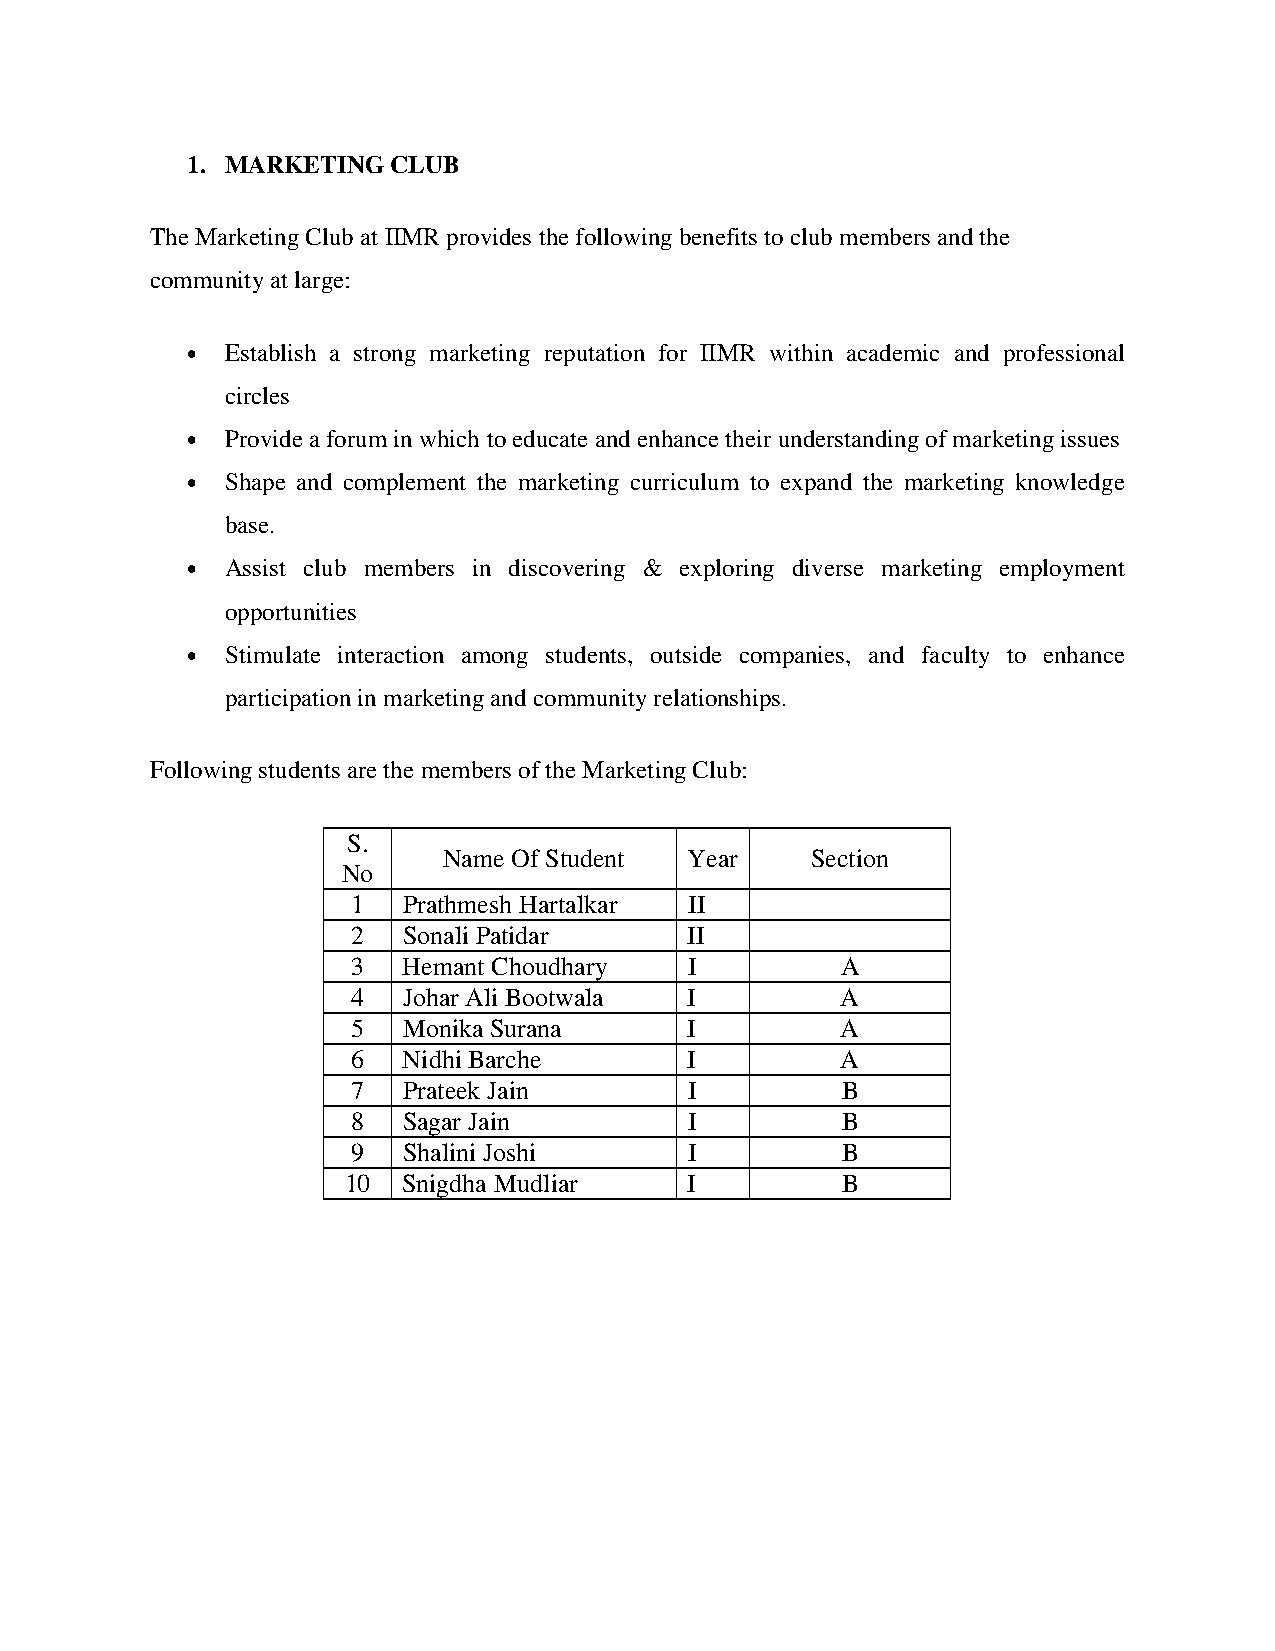
1. MARKETING  CLUB
 The Marketing Club at IIMR provides the following benefits to club members and the
 community at large:
 •  Establish a strong marketing reputation for IIMR within academic and professional
 circles
 •  Provide a forum in which to educate and enhance their understanding of marketing issues
 •  Shape and complement the marketing curriculum to expand the marketing knowledge
 base.
 •  Assist club members in discovering & exploring diverse marketing employment
 opportunities
 •  Stimulate interaction among students, outside companies, and faculty to enhance
 participation in marketing and community relationships.
 Following students are the members of the Marketing Club:
 S.
 Name Of Student  Year    Section
 No
 1   Prathmesh Hartalkar II
 2   Sonali Patidar     II
 3   Hemant Choudhary   I         A
 4   Johar Ali Bootwala I         A
 5   Monika Surana      I         A
 6   Nidhi Barche       I         A
 7   Prateek Jain       I         B
 8   Sagar Jain         I         B
 9   Shalini Joshi      I         B
 10  Snigdha Mudliar    I         B